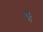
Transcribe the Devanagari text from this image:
हैें